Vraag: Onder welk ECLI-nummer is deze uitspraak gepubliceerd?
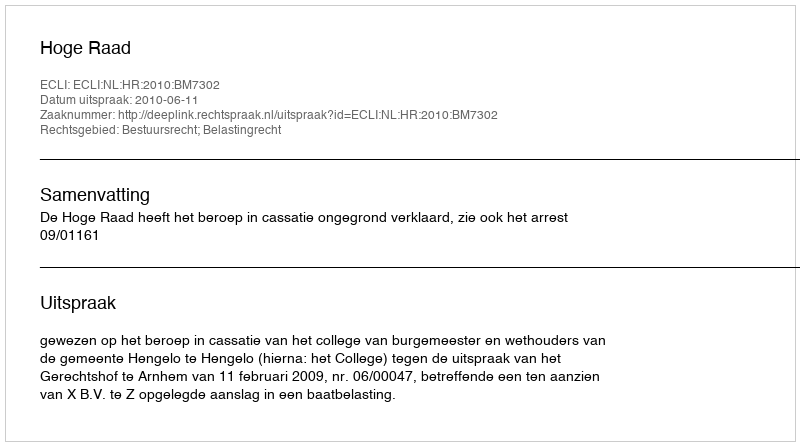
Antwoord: ECLI:NL:HR:2010:BM7302